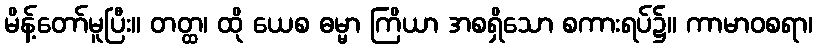
မိန့်တော်မူပြီး။ တတ္ထ၊ ထို ယေစ ဓမ္မာ ကြိယာ အစရှိသော စကားရပ်၌။ ကာမာဝစရာ၊